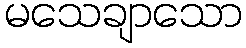
မသေချာသော